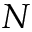
N